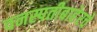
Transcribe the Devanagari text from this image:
वनस्पतीबाहेरचे